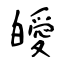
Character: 皧